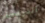
القرفصاء